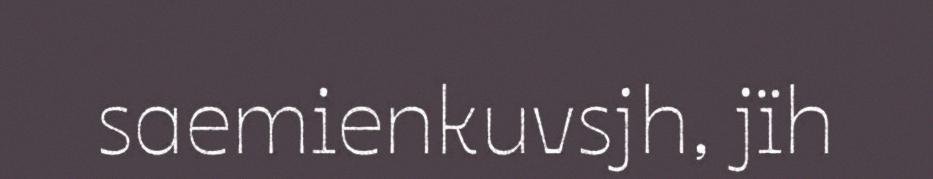
saemienkuvsjh, jïh